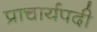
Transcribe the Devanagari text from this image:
प्राचार्यपदी